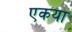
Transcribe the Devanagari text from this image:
एकया